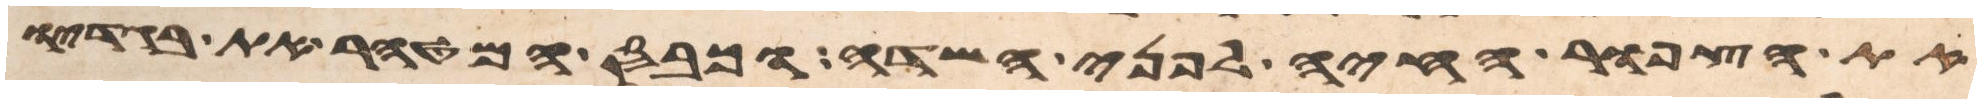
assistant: את הצפור החיה על פני השדה וכבס המטהר את בגדיו